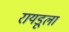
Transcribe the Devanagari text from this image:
रायडूला